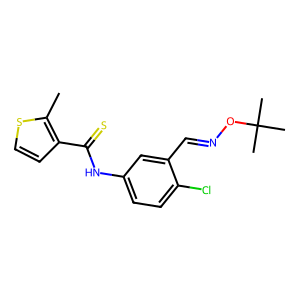
SMILES: Cc1sccc1C(=S)Nc1ccc(Cl)c(C=NOC(C)(C)C)c1
Inhibits HIV replication: Yes